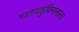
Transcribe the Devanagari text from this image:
मालवाहुविमानाला